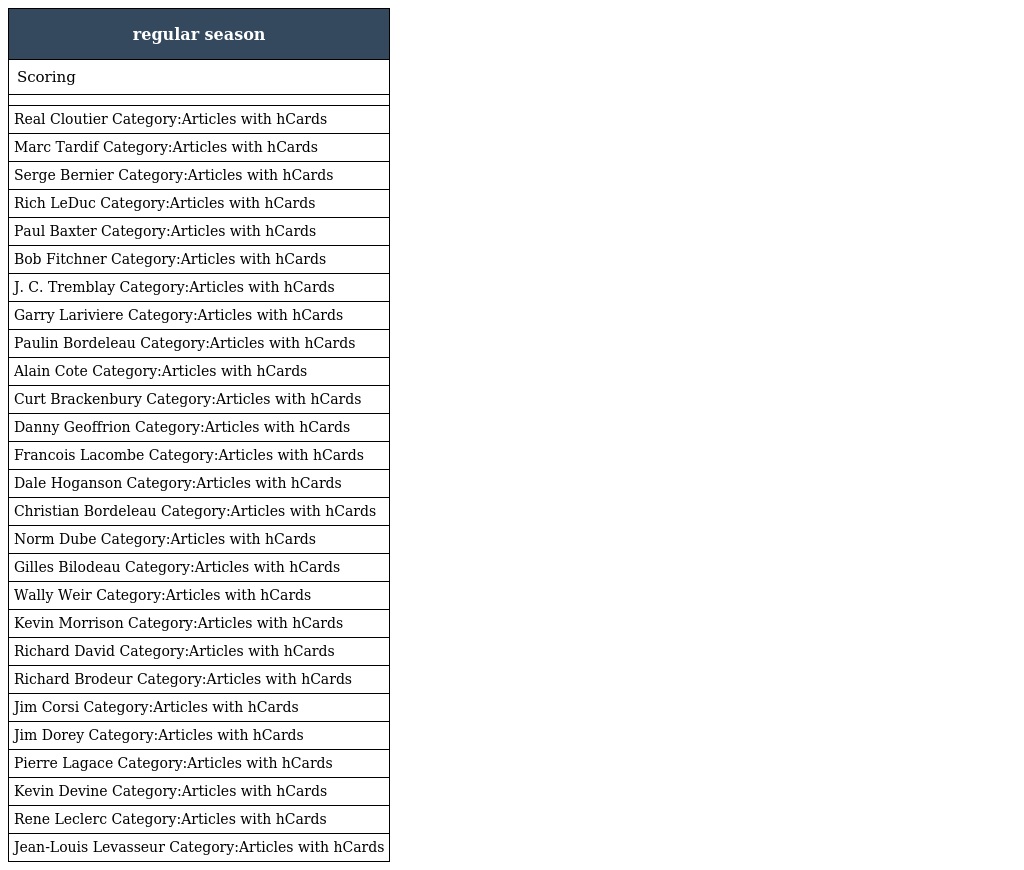
| regular season |
 | --- |
 | Scoring |
 |  |
 | Real Cloutier Category:Articles with hCards |
 | Marc Tardif Category:Articles with hCards |
 | Serge Bernier Category:Articles with hCards |
 | Rich LeDuc Category:Articles with hCards |
 | Paul Baxter Category:Articles with hCards |
 | Bob Fitchner Category:Articles with hCards |
 | J. C. Tremblay Category:Articles with hCards |
 | Garry Lariviere Category:Articles with hCards |
 | Paulin Bordeleau Category:Articles with hCards |
 | Alain Cote Category:Articles with hCards |
 | Curt Brackenbury Category:Articles with hCards |
 | Danny Geoffrion Category:Articles with hCards |
 | Francois Lacombe Category:Articles with hCards |
 | Dale Hoganson Category:Articles with hCards |
 | Christian Bordeleau Category:Articles with hCards |
 | Norm Dube Category:Articles with hCards |
 | Gilles Bilodeau Category:Articles with hCards |
 | Wally Weir Category:Articles with hCards |
 | Kevin Morrison Category:Articles with hCards |
 | Richard David Category:Articles with hCards |
 | Richard Brodeur Category:Articles with hCards |
 | Jim Corsi Category:Articles with hCards |
 | Jim Dorey Category:Articles with hCards |
 | Pierre Lagace Category:Articles with hCards |
 | Kevin Devine Category:Articles with hCards |
 | Rene Leclerc Category:Articles with hCards |
 | Jean-Louis Levasseur Category:Articles with hCards |